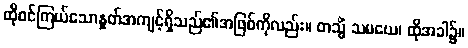
ထိုစင်ကြယ်သောနှုတ်အကျင့်ရှိသည်၏အဖြစ်ကိုလည်း။ တသ္မိံ သမယေ၊ ထိုအခါ၌။